Tartu_pedagoogiumi_aruanded, lk 30
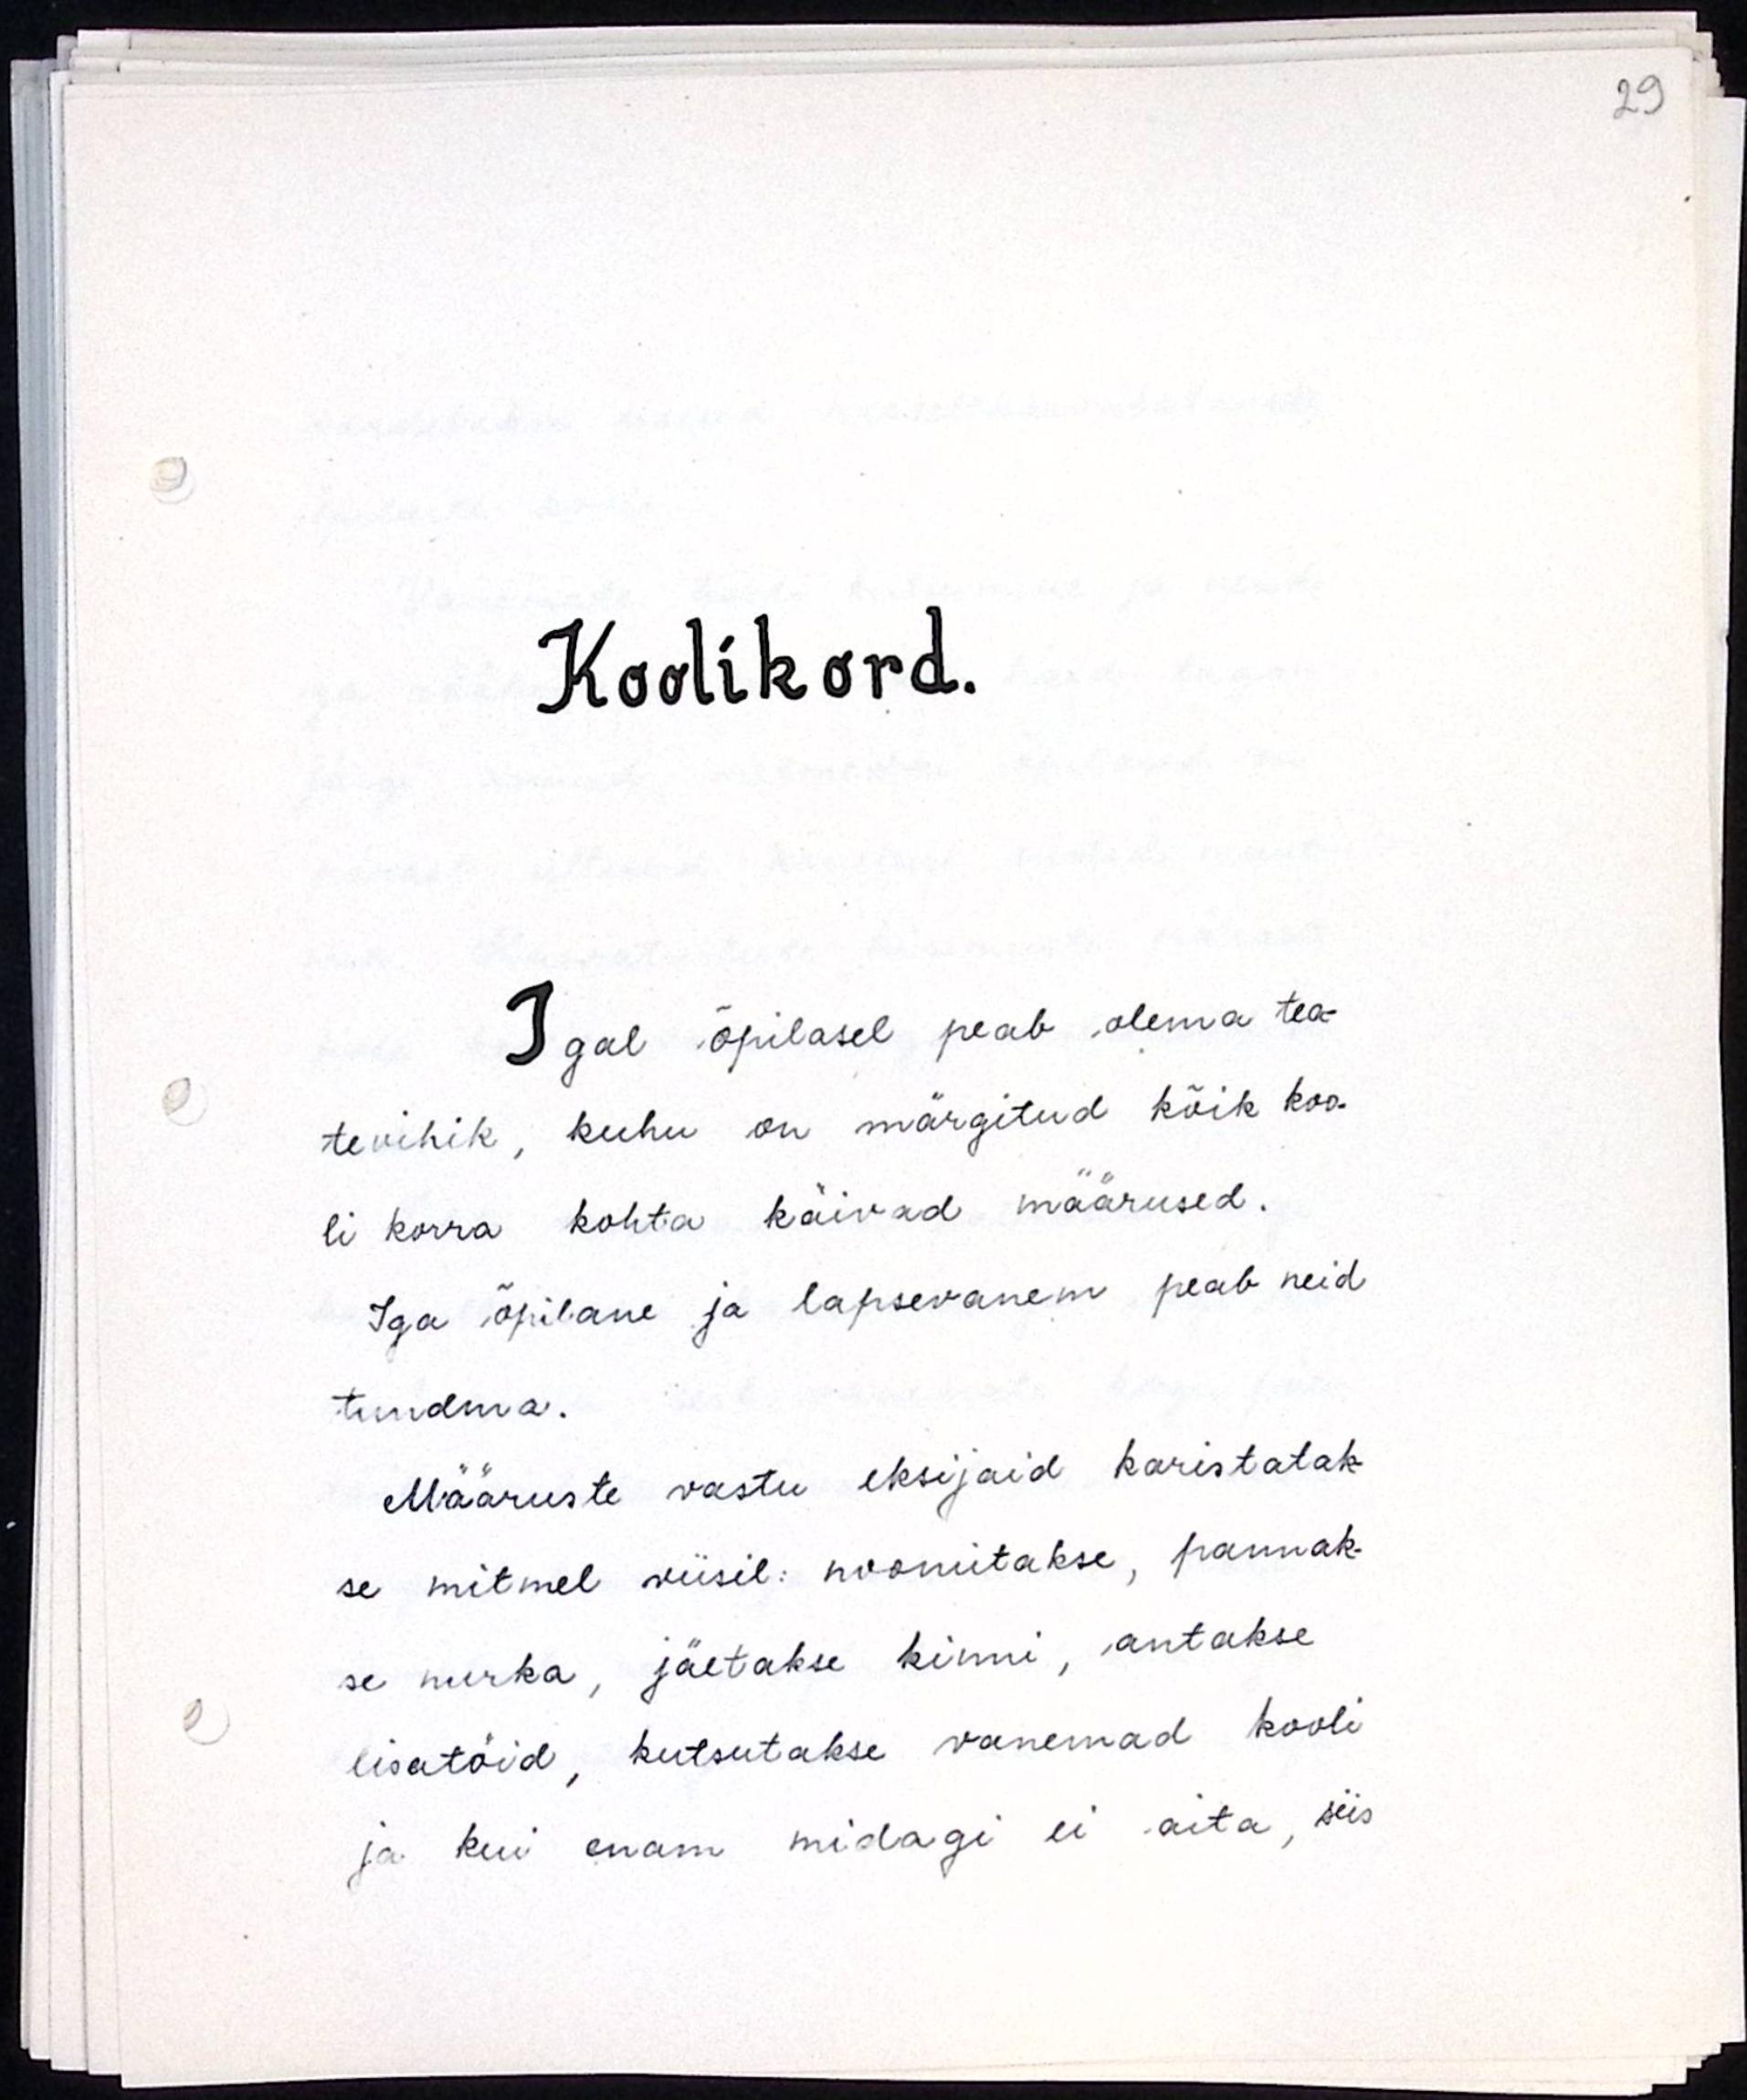
Koolikord.
Igal õpilasel peab olema tea-
tevihik, kuhu on märgitud kõik koo-
li korra kohta käivad määrused.
Iga õpilane ja lapsevanem peab neid
tundma.
Määruste vastu eksijaid karistatak-
se mitmel viisil: noomitakse, pannak-
se nurka, jäetakse kinni, antakse
lisatöid, kutsutakse vanemad kooli
ja kui enam midagi ei aita, siis